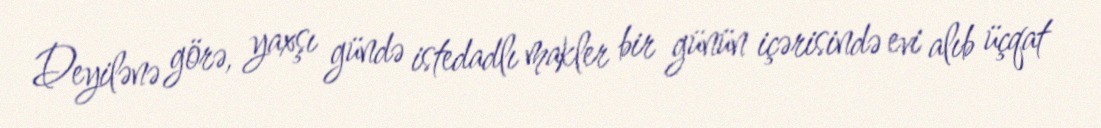
Deyilənə görə, yaxşı gündə istedadlı makler bir günün içərisində evi alıb üçqat